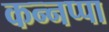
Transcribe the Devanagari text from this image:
कन्नप्पा